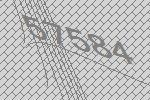
57584